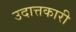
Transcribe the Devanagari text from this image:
उदात्तकारी